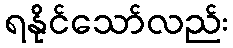
ရနိုင်သော်လည်း